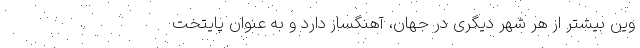
وین بیشتر از هر شهر دیگری در جهان، آهنگساز دارد و به عنوان پایتخت